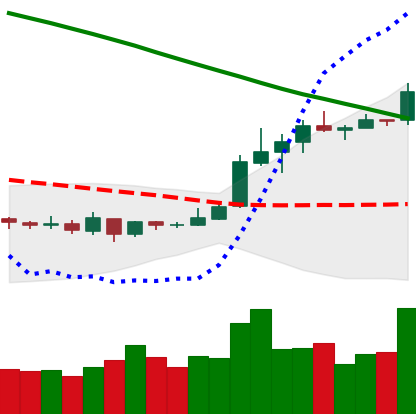
Ticker: XLM-USD
Chart end date: 2019-03-18
Forward return: -6.585%
Label: down_5_7